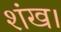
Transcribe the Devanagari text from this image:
शंख।